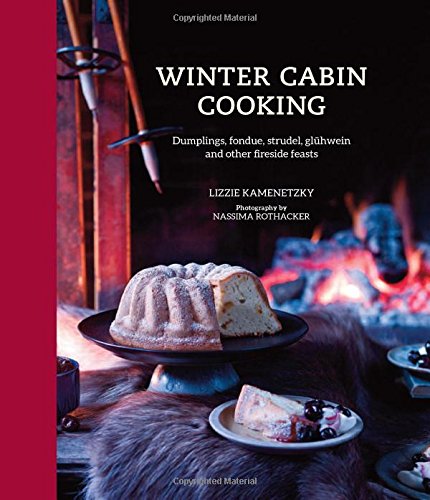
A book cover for Winter Cabin Cooking: Dumplings, fondue, gluhwein and other fireside feasts; Lizzie Kamenetzky; Cookbooks, Food & Wine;